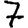
Digit: 7